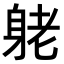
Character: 𨈺